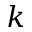
k